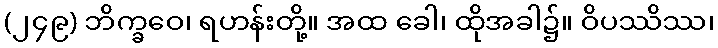
(၂၄၉) ဘိက္ခဝေ၊ ရဟန်းတို့။ အထ ခေါ၊ ထိုအခါ၌။ ဝိပဿိဿ၊